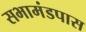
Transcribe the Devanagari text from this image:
सभामंडपास